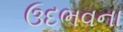
ઉદભવના